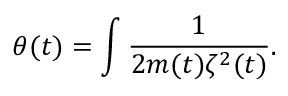
\theta ( t ) = \int \frac { 1 } { 2 m ( t ) \zeta ^ { 2 } ( t ) } .